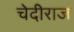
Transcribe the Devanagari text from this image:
चेदीराज